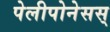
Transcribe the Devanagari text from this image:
पेलीपोनेसस्‌